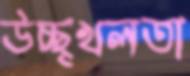
উচ্ছৃখলতা